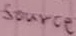
Text: Source